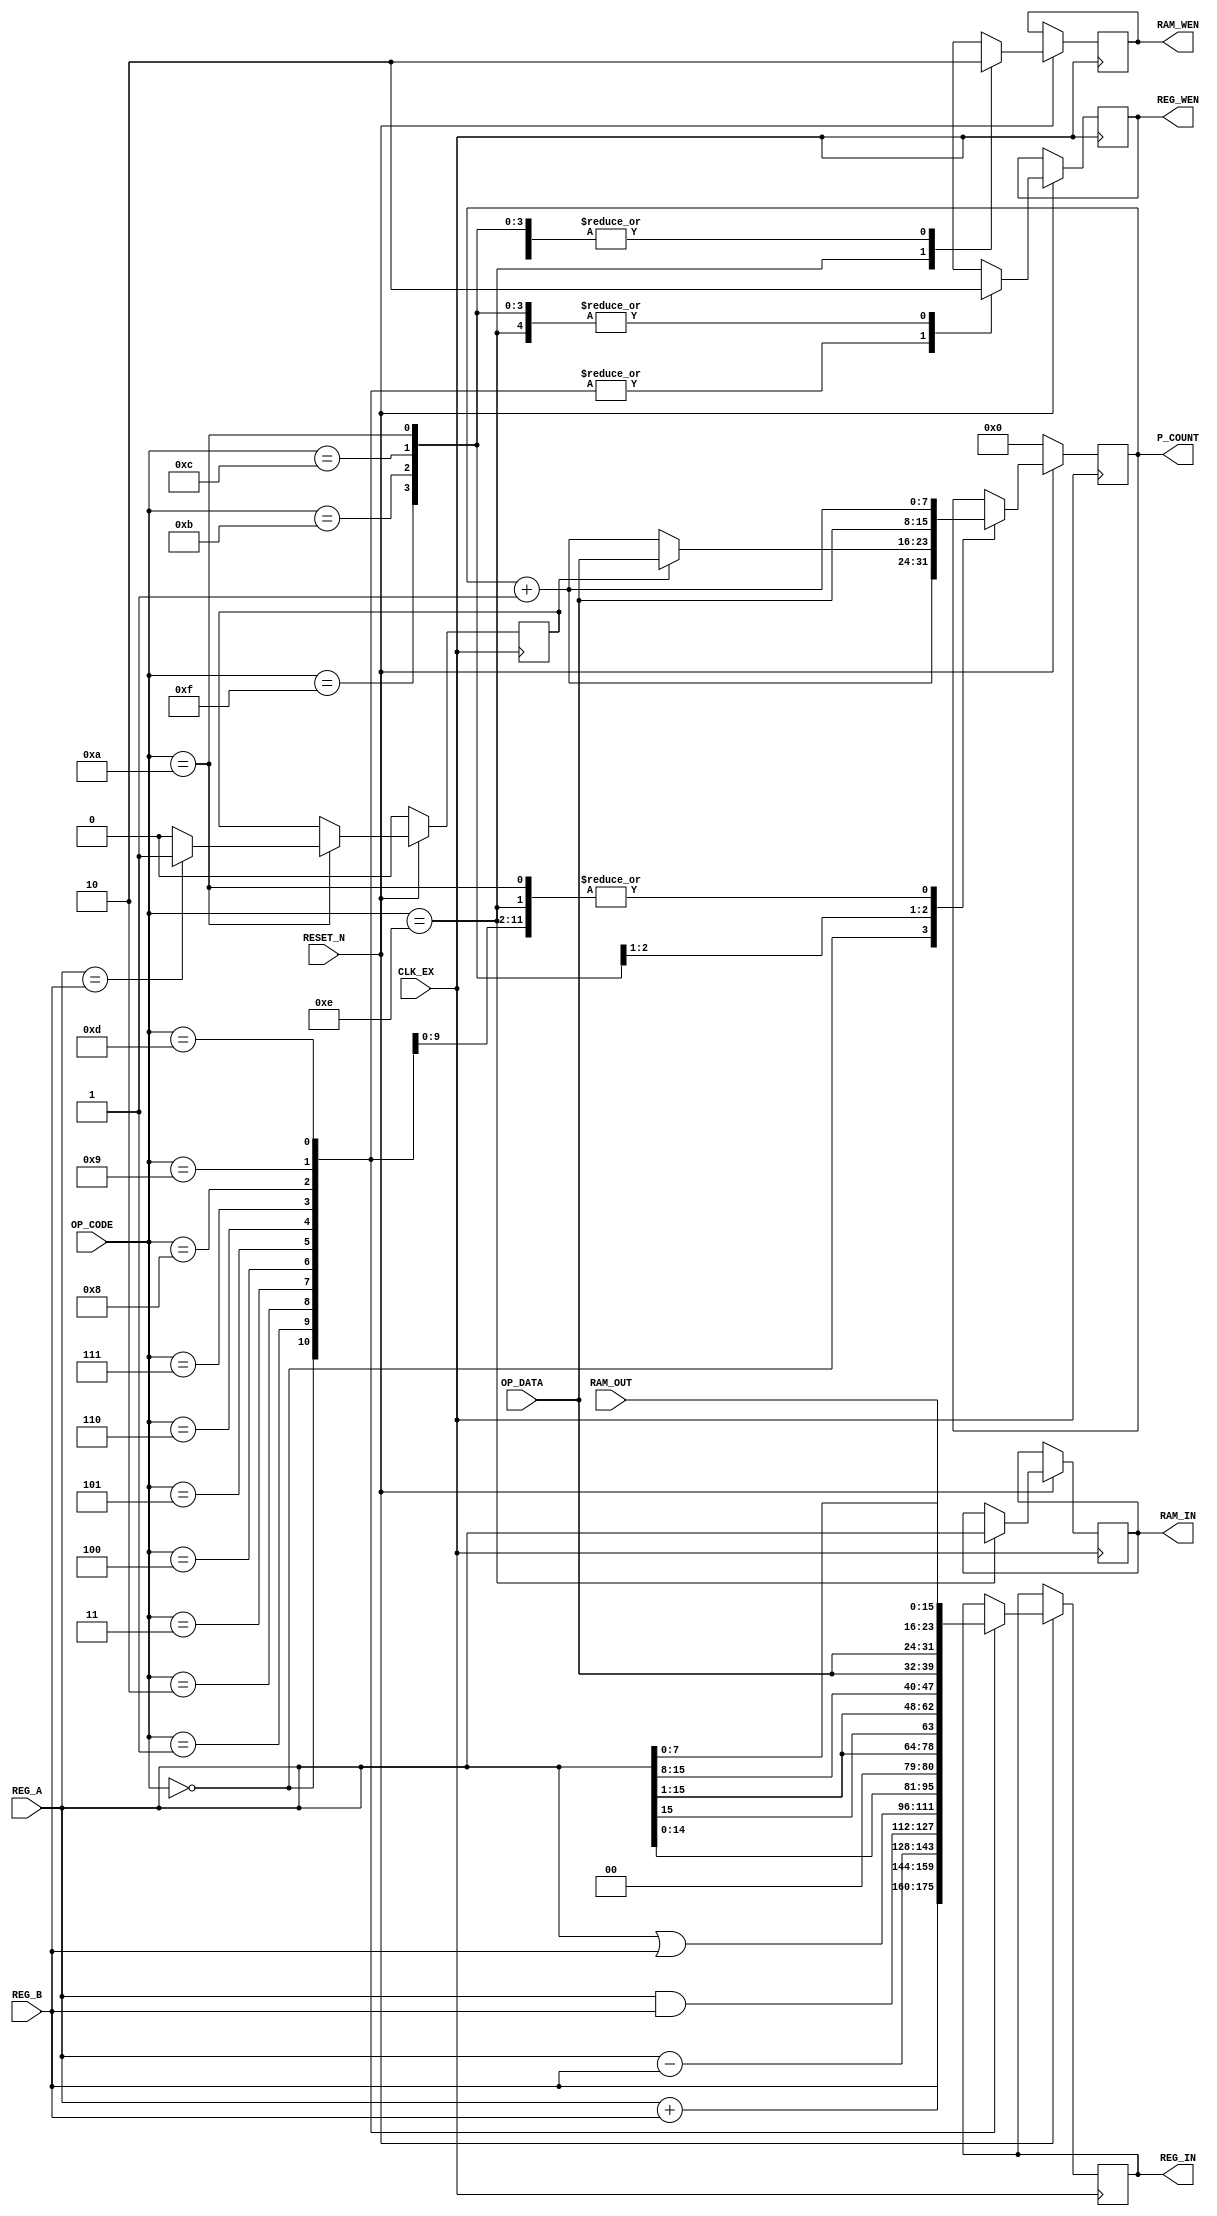
`define MOV     4'h0
`define ADD     4'h1
`define SUB     4'h2
`define AND     4'h3
`define OR      4'h4
`define SL      4'h5
`define SR      4'h6
`define SRA     4'h7
`define LDL     4'h8
`define LDH     4'h9
`define CMP     4'ha
`define JE      4'hb
`define JMP     4'hc
`define LD      4'hd
`define ST      4'he
`define HLT     4'hf


module exec(CLK_EX,
            RESET_N,
            OP_CODE,
            REG_A,
            REG_B,
            OP_DATA,
            RAM_OUT,
            P_COUNT,
            REG_IN,
            RAM_IN,
            REG_WEN,
            RAM_WEN);
    input           CLK_EX;
    input           RESET_N;
    input   [3:0]   OP_CODE;
    input   [15:0]  REG_A;
    input   [15:0]  REG_B;
    input   [7:0]   OP_DATA;
    input   [15:0]  RAM_OUT;
    output  [7:0]   P_COUNT;
    output  [15:0]  REG_IN;
    output  [15:0]  RAM_IN;
    output          REG_WEN;
    output          RAM_WEN;

    wire    [7:0]   P_COUNT;
    reg     [15:0]  REG_IN;
    reg     [15:0]  RAM_IN;
    reg             REG_WEN;
    reg             RAM_WEN;

    reg     [7:0]   pc = 8'h00;
    reg             cmp_flag = 1'b0;

    always @ (posedge CLK_EX) begin
        if (RESET_N == 1'b0) begin
            pc <= 8'h00;
            cmp_flag <= 1'b0;
        end 
        else begin
            case (OP_CODE)
                `MOV: begin
                    REG_IN <= REG_B;
                    REG_WEN <= 1'b1;
                    RAM_WEN <= 1'b0;
                    pc <= pc + 8'h1;
                end
                `ADD: begin
                    REG_IN <= REG_A + REG_B;
                    REG_WEN <= 1'b1;
                    RAM_WEN <= 1'b0;
                    pc <= pc + 1'b1;
                end
                `SUB: begin
                    REG_IN <= REG_A - REG_B;
                    REG_WEN <= 1'b1;
                    RAM_WEN <= 1'b0;
                    pc <= pc + 1'b1;
                end
                `AND: begin
                    REG_IN <= REG_A & REG_B;
                    REG_WEN <= 1'b1;
                    RAM_WEN <= 1'b0;
                    pc <= pc + 1'b1;
                end
                `OR: begin
                    REG_IN <= REG_A | REG_B;
                    REG_WEN <= 1'b1;
                    RAM_WEN <= 1'b0;
                    pc <= pc + 1'b1;
                end
                `SL: begin
                    REG_IN <= REG_A << 1'b1;
                    REG_WEN <= 1'b1;
                    RAM_WEN <= 1'b0;
                    pc <= pc + 1'b1;
                end
                `SR: begin
                    REG_IN <= REG_A >> 1'b1;
                    REG_WEN <= 1'b1;
                    RAM_WEN <= 1'b0;
                    pc <= pc + 1'b1;
                end
                `SRA: begin
                    REG_IN <= {REG_A[15], REG_A[15:1]};
                    REG_WEN <= 1'b1;
                    RAM_WEN <= 1'b0;
                    pc <= pc + 1'b1;
                end
                `LDL: begin
                    REG_IN <= {REG_A[15:8], OP_DATA};
                    REG_WEN <= 1'b1;
                    RAM_WEN <= 1'b0;
                    pc <= pc + 1'b1;
                end
                `LDH: begin
                    REG_IN <= {OP_DATA, REG_A[7:0]};
                    REG_WEN <= 1'b1;
                    RAM_WEN <= 1'b0;
                    pc <= pc + 1'b1;
                end
                `CMP: begin
                    if (REG_A == REG_B)
                        cmp_flag <= 1'b1;
                    else
                        cmp_flag <= 1'b0;
                    REG_WEN <= 1'b0;
                    RAM_WEN <= 1'b0;
                    pc <= pc + 1'b1;
                end
                `JE: begin
                    if (cmp_flag == 1'b1)
                        pc <= OP_DATA;
                    else
                        pc <= pc + 1'b1;
                    REG_WEN <= 1'b0;
                    RAM_WEN <= 1'b0;
                end
                `JMP: begin
                    REG_WEN <= 1'b0;
                    RAM_WEN <= 1'b0;
                    pc <= OP_DATA;
                end
                `LD: begin
                    REG_IN <= RAM_OUT;
                    REG_WEN <= 1'b1;
                    RAM_WEN <= 1'b0;
                    pc <= pc + 1'b1;
                end
                `ST: begin
                    RAM_IN <= REG_A;
                    REG_WEN <= 1'b0;
                    RAM_WEN <= 1'b1;
                    pc <= pc + 1'b1;
                end
                `HLT: begin
                    REG_WEN <= 1'b0;
                    RAM_WEN <= 1'b0;
                end
                // default: 
                    // REG_IN <= 16'hxxxx;
                    // RAM_IN <= 16'hxxxx;
                    // REG_WEN <= 1'bx;
                    // RAM_WEN <= 1'bx;
                    // pc <= 8'bxx;
                // end
            endcase
        end
    end

    assign P_COUNT = pc;
    // always @(posedge CLK_EX) begin
    //     P_COUNT <= pc;
    // end

endmodule